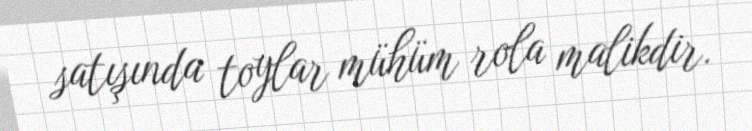
satışında toylar mühüm rola malikdir.